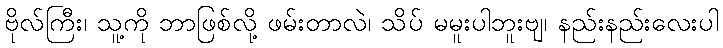
ဗိုလ်ကြီး၊ သူ့ကို ဘာဖြစ်လို့ ဖမ်းတာလဲ၊ သိပ် မမူးပါဘူးဗျ၊ နည်းနည်းလေးပါ